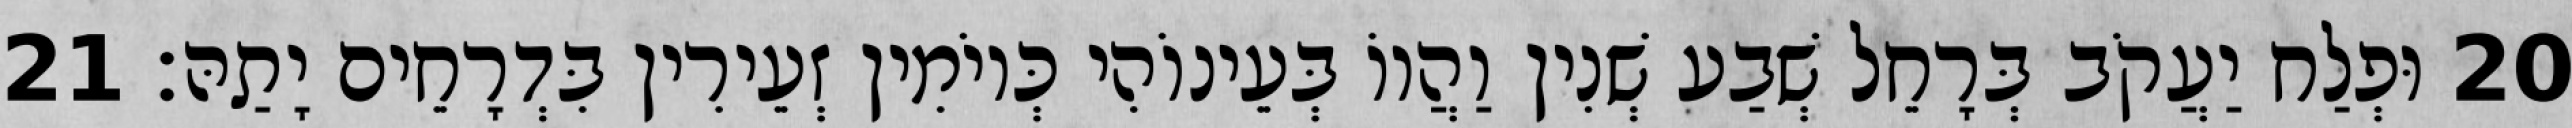
20 וּפְלַח יַעֲקֹב בְּרָחֵל שְׁבַע שְׁנִין וַהֲווֹ בְּעֵינוֹהִי כְּיוֹמִין זְעֵירִין בִּדְרָחֵים יָתַהּ׃ 21